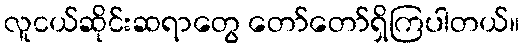
လူငယ်ဆိုင်းဆရာတွေ တော်တော်ရှိကြပါတယ်။